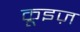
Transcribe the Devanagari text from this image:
क्रूइज़